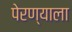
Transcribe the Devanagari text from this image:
पेरण्याला